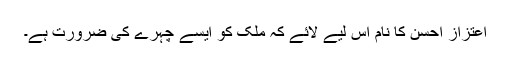
اعتزاز احسن کا نام اس لیے لائے کہ ملک کو ایسے چہرے کی ضرورت ہے۔